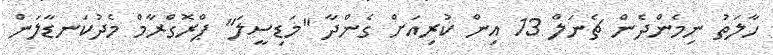
ހާލަތު ނިމެންދެން ޗެނަލް 13 އިން ކުރިއަށް ގެންދާ "މަޑިސީލަ" ޕްރޮގްރާމް މެދުކަނޑާލަން